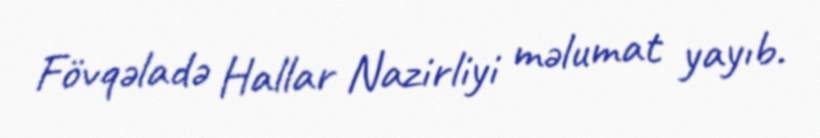
Fövqəladə Hallar Nazirliyi məlumat yayıb.